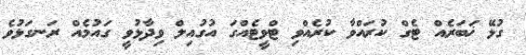
ގުޅޭ ޚަބަރެއް ޓެގް ކުރައްވާ ކުރެއްވި ޓްވީޓެއްގަ އުގުއިލް ވިދާޅުވީ ގައުމެއް ރަނގަޅުވެ